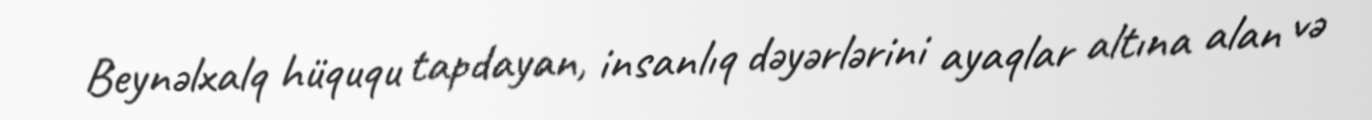
Beynəlxalq hüququ tapdayan, insanlıq dəyərlərini ayaqlar altına alan və